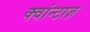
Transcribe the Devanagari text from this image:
क्वांन्टाज़